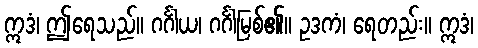
ဣဒံ၊ ဤရေသည်။ ဂင်္ဂါယ၊ ဂင်္ဂါမြစ်၏။ ဥဒကံ၊ ရေတည်း။ ဣဒံ၊